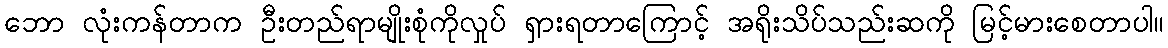
ဘော လုံးကန်တာက ဦးတည်ရာမျိုးစုံကိုလှုပ် ရှားရတာကြောင့် အရိုးသိပ်သည်းဆကို မြင့်မားစေတာပါ။